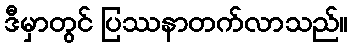
ဒီမှာတွင် ပြဿနာတက်လာသည်။